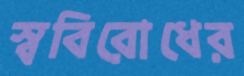
স্ববিরোধের